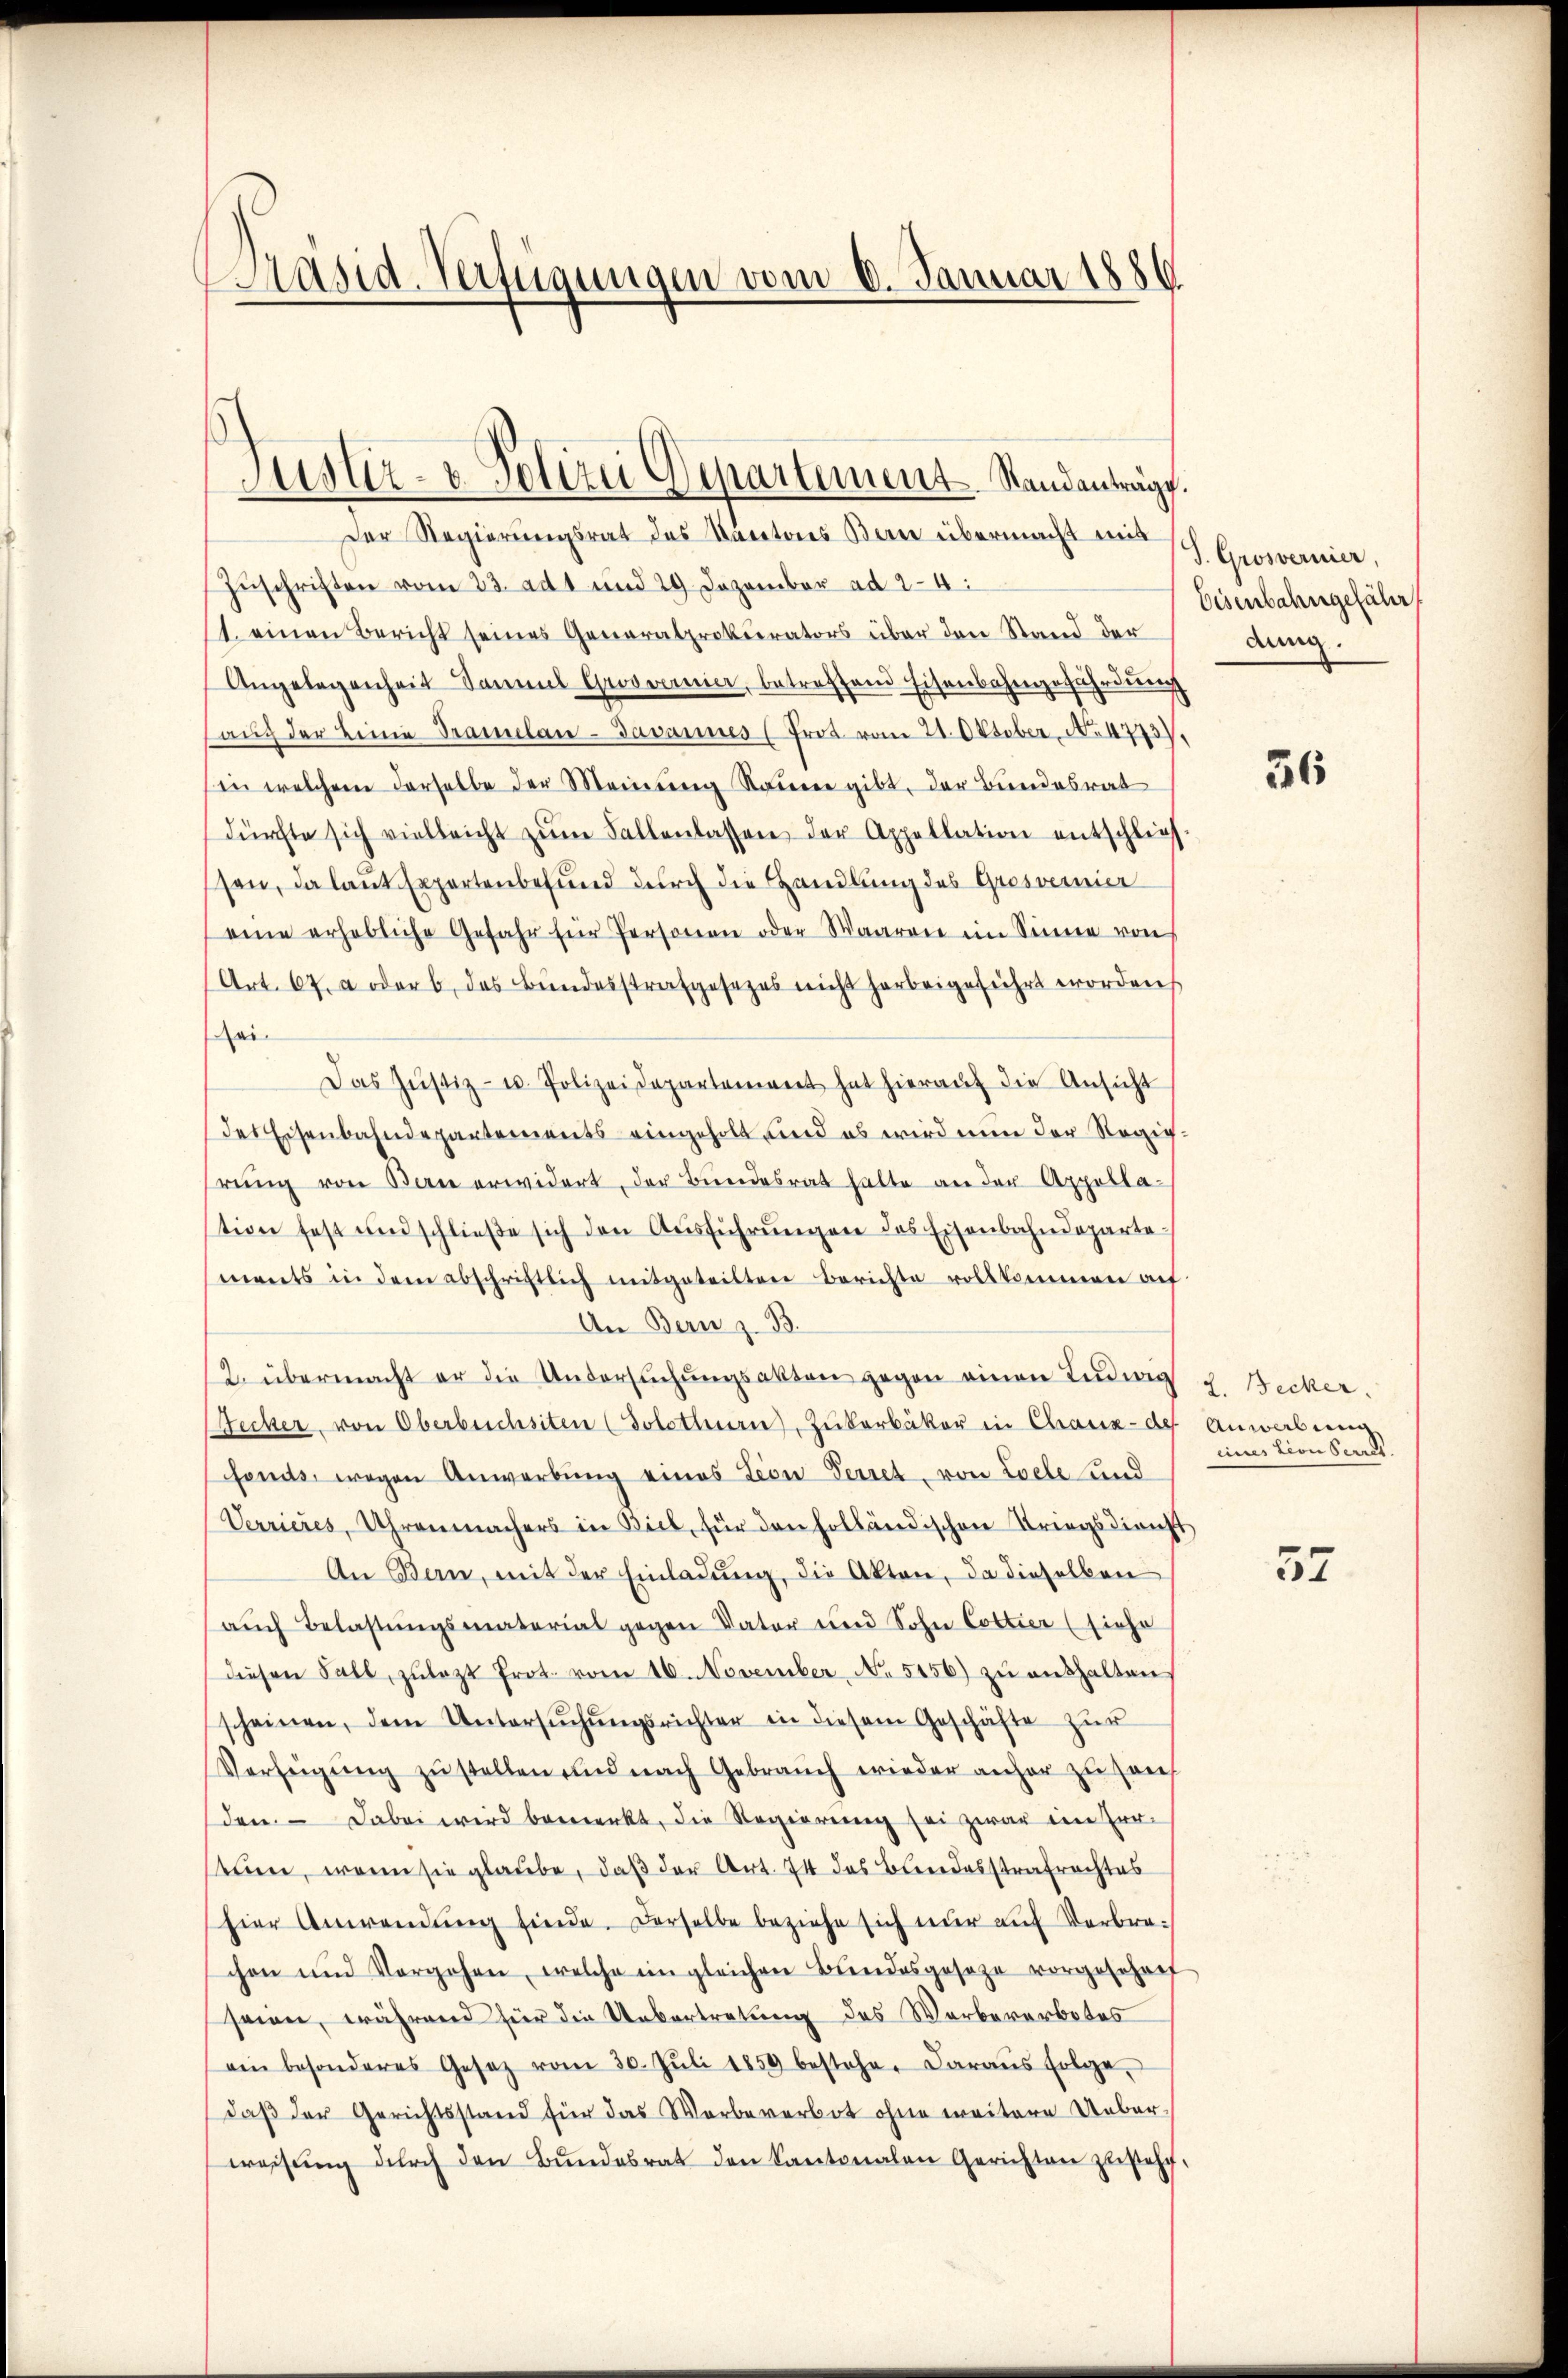
äsid-Verfügungen vom 6. Januar 1886

Justiz- & Polizei Departement Standanträge.

Der Regierungsrat des Kantons Ban übermacht aus Sch. Grosvernier,
Zŭschriften vom 23. ad 1 und 29. Dezember ad 24:
1. einen Bericht seines Generalprokurators über den Stand der
Angelegenheit Sammel Grosvenner, betreffend Eisenbahngefährdung
aŭf der Eine Tramuelan-Javannes (Frot vom 24. Oktober, No 4773.
in welchem derselbe der Meinung Sauerer gibt, der Bundesrat
dürfte sich vielleicht zŭm Fallenlassen der Appellation entschlief
ssen, da laut Expertenbefund durch die Handlung des Grosvermier
eine erhebliche Gefahr für Personen oder Waaren im Sinne von
Art. 67. a oder b. das Bundesstrafgesezes nicht herbeigeführt worden
ei.
Das Jŭstiz- u. Polizeidepartement hat hieraŭf die Ansicht
des Eisenbahndepartements eingeholt und es wird nun der Regigrŭng von Berne erwidert, der Bundesrat hatte an der Appellastion fest und schlieβe sich den Aŭsführŭngen des Eisenbahndeparte-
ments in dem abschrichtlich mitgeteilten Berichte vollkommen aŭf
An Bern z. B.
2. übermacht er die Untersŭchŭngsakten gegen einen Luding u. Becker.
Wecker, von Oberbuchsten (Solothurn, Zukerbäker in Chaux-de
fonds, wegen Anwerbung eines Lion Verret, von Loele und
Verrieres, Uhrenmachers in Biel, für den holländischen Kriegsdienst
An Bern, mit der Einladŭng, die Akten, da dieselben
auch Belastungsmaterial gegen Vater und Sohn Cottier (siehe
diesen Fall, zulezt Prot. vom 16. November, No. 5156) zu enthalten
scheinen, dem Untersŭchŭngsrichter in diesem Geschäfte zŭr
Verfügŭng zŭ stellen und nach Gebrauch wieder anher zu sans
den. Dabei wird bemerkt, die Regierŭng sei zwar im Irr-
stuen, wenn sie glaube, daß der Art. 74 das Bundesstrafrechtes
hier Anwendŭng finde. Derselbe beziehe sich nur auf Verbrechen und Vorgehen, welche in gleichen Bŭndesgeseze vorgeschrif
seien, während für die Uebertretung des Werbererbotes
(ein besonderes Gesetz vom 30. Jŭli 1859 bestehe. Daraus folge,
daß der Gerichtsstand für das Werbeverbot ohne weitere Ueberwessŭng dŭrch den Bŭndesrat den Kantonalen Gerichten zusteht:

Eisenbahngefähr
dung.

36

Anwabung
eines tern Secret.

37